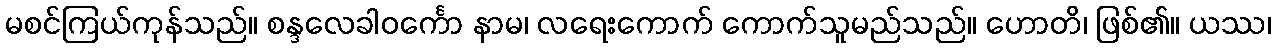
မစင်ကြယ်ကုန်သည်။ စန္ဒလေခါဝင်္ကော နာမ၊ လရေးကောက် ကောက်သူမည်သည်။ ဟောတိ၊ ဖြစ်၏။ ယဿ၊